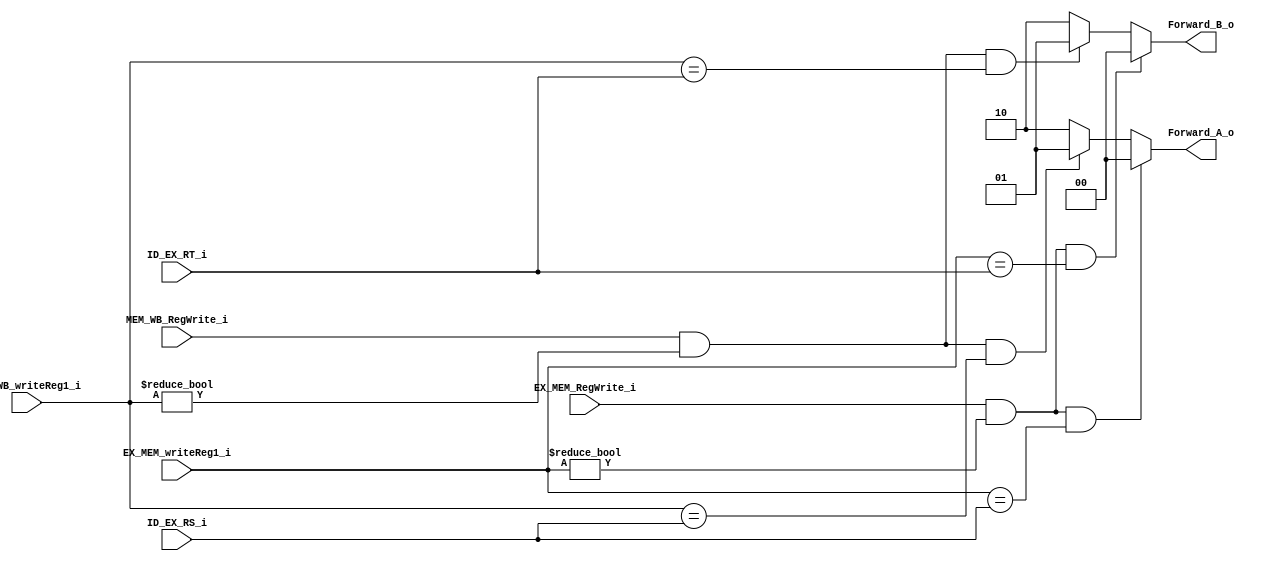
module ForwardUnit(
    input EX_MEM_RegWrite_i,
	input [5-1:0] EX_MEM_writeReg1_i,
	input MEM_WB_RegWrite_i,
	input [5-1:0] MEM_WB_writeReg1_i,
	input [5-1:0] ID_EX_RS_i,
	input [5-1:0] ID_EX_RT_i,
    output [2-1:0] Forward_A_o,
    output [2-1:0] Forward_B_o
	);

wire EX_MEM_RS;
wire EX_MEM_RT;
wire MEM_WB_RS;
wire MEM_WB_RT;

assign EX_MEM_RS = (EX_MEM_RegWrite_i && (EX_MEM_writeReg1_i != 0)) && (EX_MEM_writeReg1_i == ID_EX_RS_i);
assign EX_MEM_RT = (EX_MEM_RegWrite_i && (EX_MEM_writeReg1_i != 0)) && (EX_MEM_writeReg1_i == ID_EX_RT_i);

assign MEM_WB_RS = (MEM_WB_RegWrite_i && (MEM_WB_writeReg1_i != 0)) && (MEM_WB_writeReg1_i == ID_EX_RS_i);
assign MEM_WB_RT = (MEM_WB_RegWrite_i && (MEM_WB_writeReg1_i != 0)) && (MEM_WB_writeReg1_i == ID_EX_RT_i);

assign Forward_A_o = EX_MEM_RS ? 2'b00 : (MEM_WB_RS ? 2'b01 : 2'b10); //EX_MEM_RS 00, MEM_WB_RS 01, origin 10
assign Forward_B_o = EX_MEM_RT ? 2'b00 : (MEM_WB_RT ? 2'b01 : 2'b10); //EX_MEM_RT 00, MEM_WB_RT 01, origin 10

endmodule